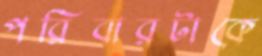
পরিবারটাকে